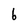
Character: 6